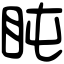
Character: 盹